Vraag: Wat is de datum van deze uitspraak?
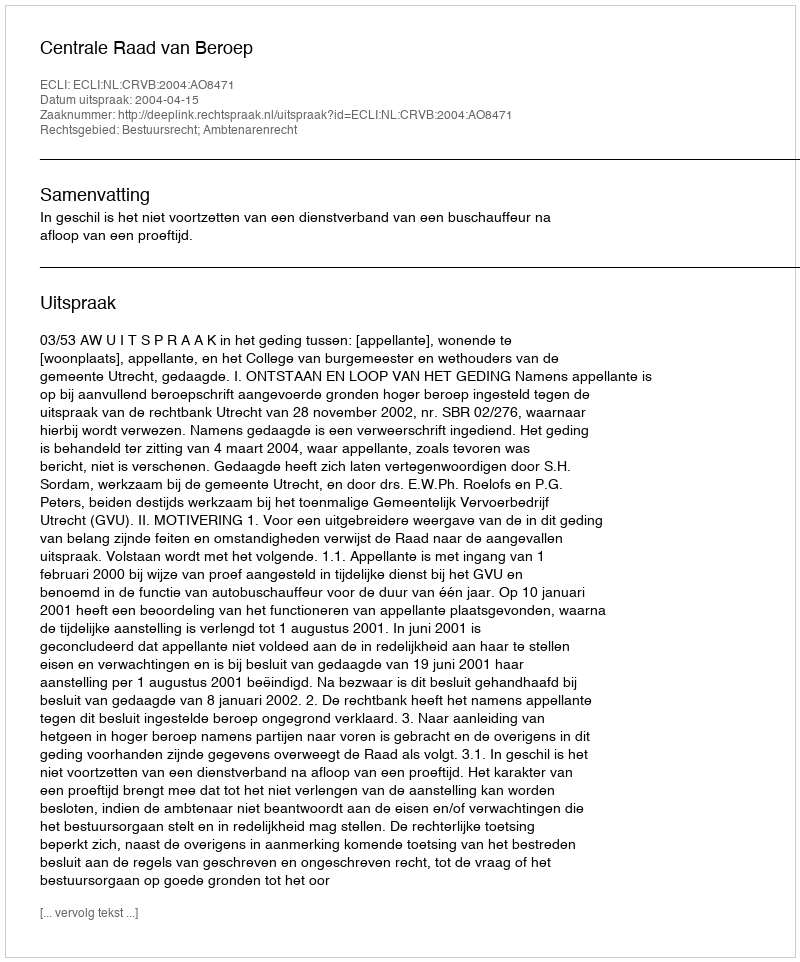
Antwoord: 2004-04-15